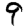
Digit: 9